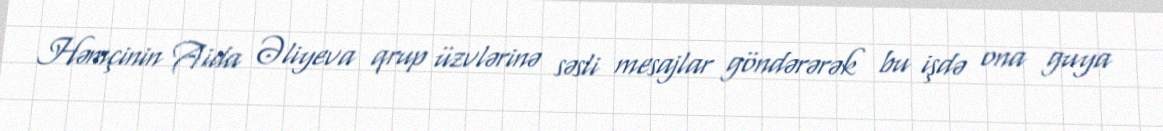
Həmçinin Aida Əliyeva qrup üzvlərinə səsli mesajlar göndərərək bu işdə ona guya